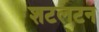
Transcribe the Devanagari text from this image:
शटलटन